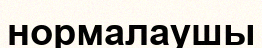
нормалаушы